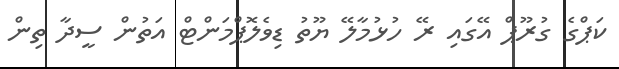
ކަޕްގެ ގުރޫޕް އޭގައި ރޭ ހުޅުމާލޭ ޔޫތު ޑިވެލޮޕްމަންޓް އަތުން ސީދާ ތިން